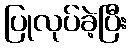
ပြုလုပ်ခဲ့ပြီး